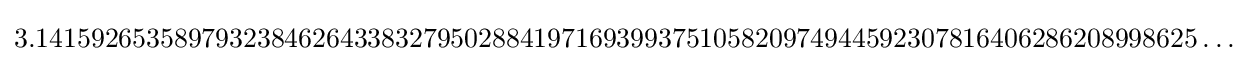
3.141592653589793238462643383279502884197169399375105820974944592307816406286208998625\dots